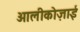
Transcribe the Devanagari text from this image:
आलीकोज़ाई